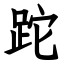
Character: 跎